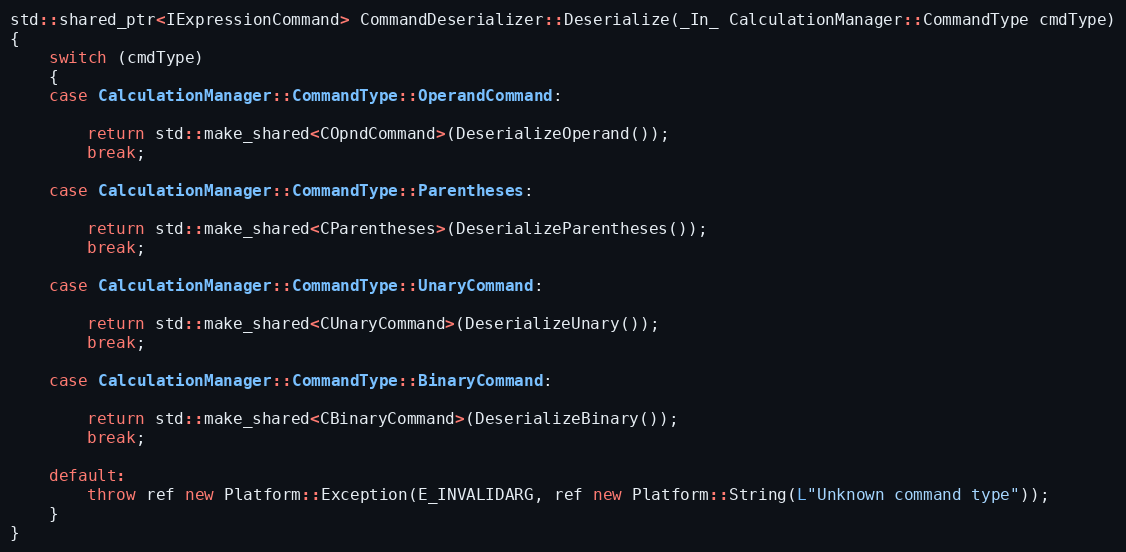
Language: C++
std::shared_ptr<IExpressionCommand> CommandDeserializer::Deserialize(_In_ CalculationManager::CommandType cmdType)
{
    switch (cmdType)
    {
    case CalculationManager::CommandType::OperandCommand:

        return std::make_shared<COpndCommand>(DeserializeOperand());
        break;

    case CalculationManager::CommandType::Parentheses:

        return std::make_shared<CParentheses>(DeserializeParentheses());
        break;

    case CalculationManager::CommandType::UnaryCommand:

        return std::make_shared<CUnaryCommand>(DeserializeUnary());
        break;

    case CalculationManager::CommandType::BinaryCommand:

        return std::make_shared<CBinaryCommand>(DeserializeBinary());
        break;

    default:
        throw ref new Platform::Exception(E_INVALIDARG, ref new Platform::String(L"Unknown command type"));
    }
}